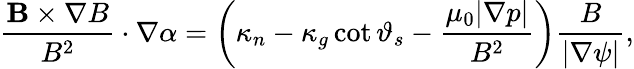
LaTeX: \frac{\mathbf{B}\times\nabla B}{B^{2}}\cdot\nabla\alpha=\left(\kappa_{n}-\kappa_{g}\cot\vartheta_{s}-\frac{\mu_{0}|\nabla p|}{B^{2}}\right)\frac{B}{|\nabla\psi|},